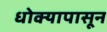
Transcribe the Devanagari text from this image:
धोक्यापासून